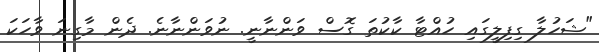
"ޝަހުލާ ގިފިލީގައި ހުއްޓާ ކާކުތަ ގޮސް ވަންނާނީ. ނުވަންނާނެ. ދެން މާގިނަ ވާހަކަ